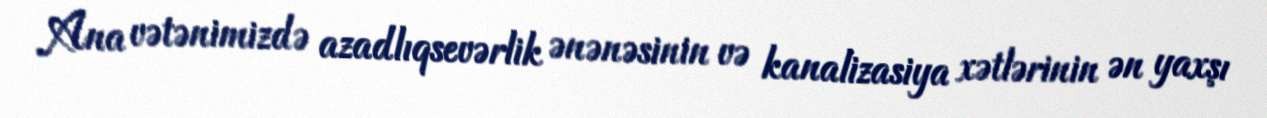
Ana vətənimizdə azadlıqsevərlik ənənəsinin və kanalizasiya xətlərinin ən yaxşı